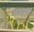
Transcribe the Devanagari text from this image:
लढय़ाकडे